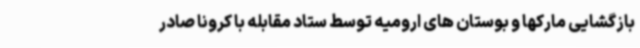
بازگشایی مارکها و بوستان های ارومیه توسط ستاد مقابله با کرونا صادر